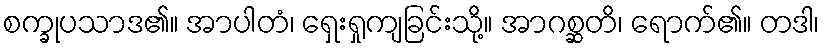
စက္ခုပသာဒ၏။ အာပါတံ၊ ရှေးရှုကျခြင်းသို့။ အာဂစ္ဆတိ၊ ရောက်၏။ တဒါ၊